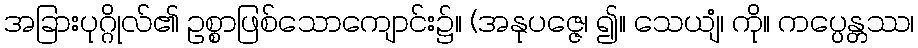
အခြားပုဂ္ဂိုလ်၏ ဥစ္စာဖြစ်သောကျောင်း၌။ (အနုပဇ္ဇေ၊ ၍။ သေယျံ၊ ကို။ ကပ္ပေန္တဿ၊